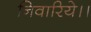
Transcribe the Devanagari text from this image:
निवारिये।।